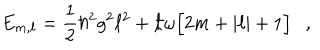
E _ { m , \ell } = \frac { 1 } { 2 } \hbar ^ { 2 } g ^ { 2 } \ell ^ { 2 } + \hbar \omega \Big [ 2 m + | \ell | + 1 \Big ] \ \ \ ,